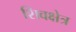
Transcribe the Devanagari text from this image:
शिवक्षेत्र